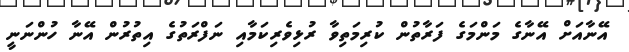
އޭނާއަށް އޭނާގެ މަންމަގެ ފަރާތުން ކުރިމަތިވާ ރުޅިވެރިކަމާއި ނަފްރަތުގެ އިތުރުން އޭނާ ހުންނަނީ